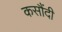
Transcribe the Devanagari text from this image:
कसौंदी